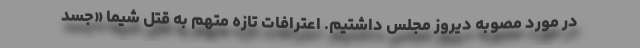
در مورد مصوبه دیروز مجلس داشتیم. اعترافات تازه متهم به قتل شیما «جسد